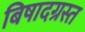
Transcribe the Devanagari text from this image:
बिषादग्रस्त